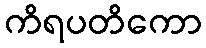
ကိရပတိကော